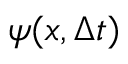
\psi ( x , \Delta t )